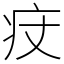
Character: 㽴